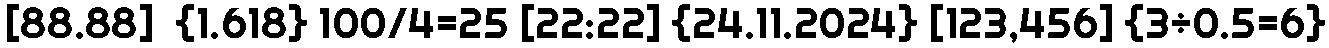
[88.88]  {1.618} 100/4=25 [22:22] {24.11.2024} [123,456] {3÷0.5=6}